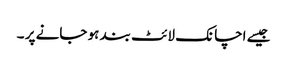
جیسے اچانک لائٹ بند ہو جانے پر ۔